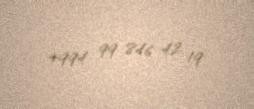
+994 99 846 42 19